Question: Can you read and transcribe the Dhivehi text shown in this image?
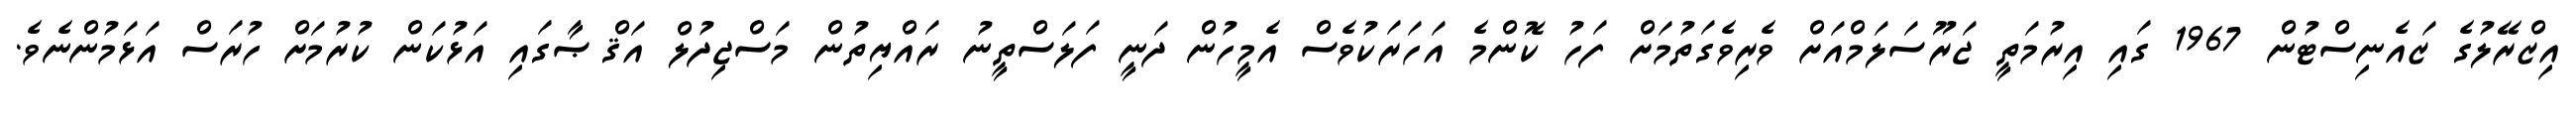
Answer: އިޒްރޭލުގެ ޒައެނިސްޓުން 1967 ގައި އިރުމަތީ ޖަރޫސަލަމްއަށް ވެރިވެގަތުމަށް ފަހު ކޮންމެ އަހަރަކުވެސް އެމީހުން ދަނީ ފަލަސްތީނު ރައްޔިތުން މަސްޖިދުލް އަޤްޞާގައި އަޅުކަން ކުރުމަށް ހުރަސް އަޅަމުންނެވެ.